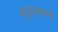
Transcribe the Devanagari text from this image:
मुख्यपणे